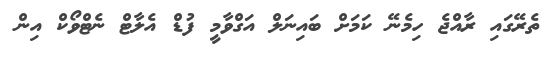
ތެރޭގައި ރާއްޖެ ހިމެނޭ ކަމަށް ބައިނަލް އަގްވާމީ ފުޑް އެލާޓް ނެޓްވޯކް އިން